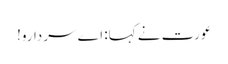
عورت نے کہا: اے سردارو!